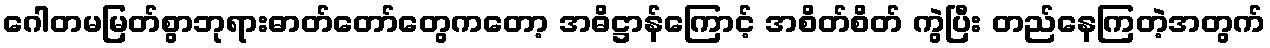
ဂေါတမမြတ်စွာဘုရားဓာတ်တော်တွေကတော့ အဓိဋ္ဌာန်ကြောင့် အစိတ်စိတ် ကွဲပြီး တည်နေကြတဲ့အတွက်